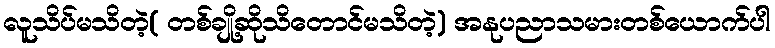
လူသိပ်မသိတဲ့( တစ်ချို့ဆိုသိတောင်မသိတဲ့) အနုပညာသမားတစ်ယောက်ပါ